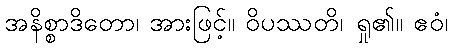
အနိစ္စာဒိတော၊ အားဖြင့်။ ဝိပဿတိ၊ ရှု၏။ ဧဝံ၊